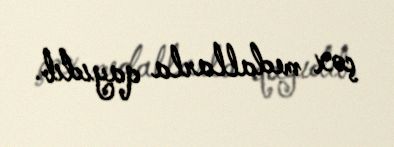
çox medallarla qayıdıb.